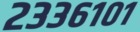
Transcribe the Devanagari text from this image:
२३३६१०१